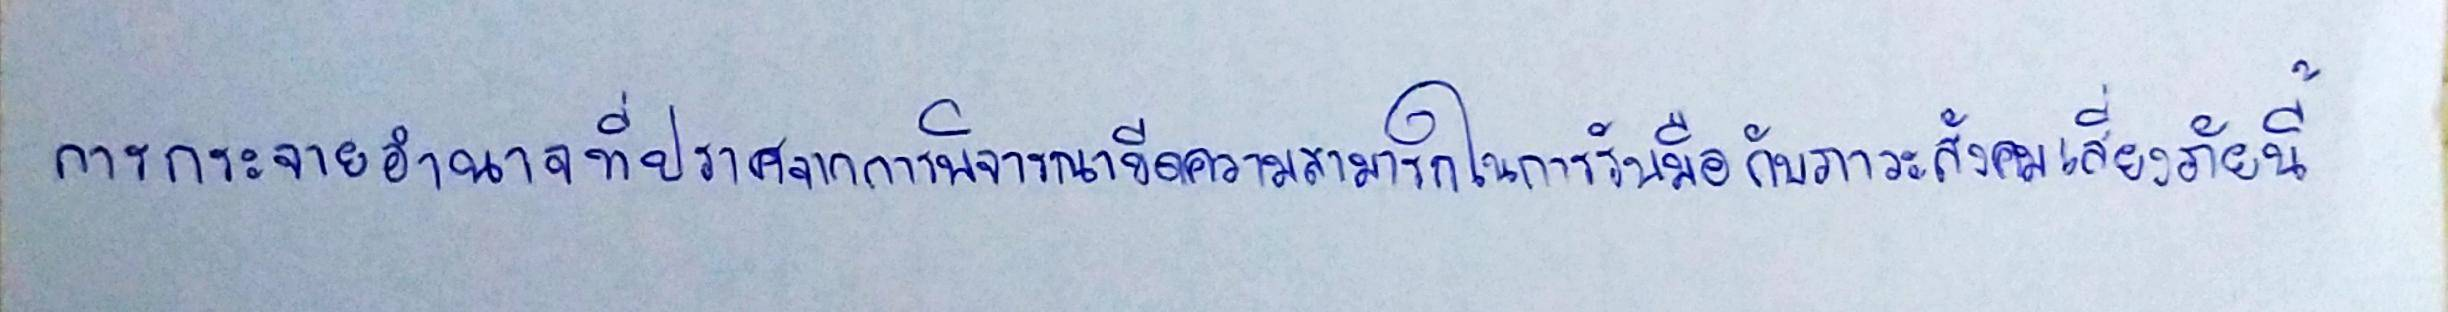
การกระจายอำนาจที่ปราศจากการพิจารณาขีดความสามารถในการรับมือกับภาวะสังคมเสี่ยงภัยนี้